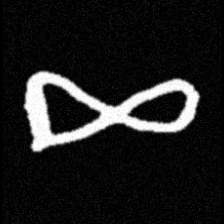
Pyu character \u2014 Myanmar letter: ဆ (romanized: cha)